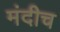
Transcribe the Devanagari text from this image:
मंदीच